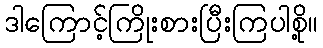
ဒါကြောင့်ကြိုးစားပြီးကြပါစို့။